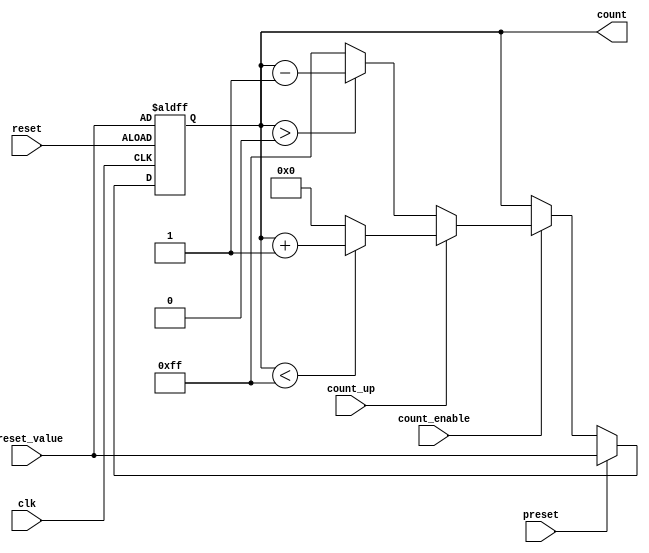
module presettable_counter #(
    parameter WIDTH = 8,           // Bit-width of the counter
    parameter MAX_COUNT = 255,     // Maximum count value for up-counting
    parameter MIN_COUNT = 0        // Minimum count value for down-counting
)(
    input wire clk,                // Clock signal
    input wire reset,              // Asynchronous reset signal
    input wire preset,             // Preset signal
    input wire [WIDTH-1:0] preset_value, // Value to preset the counter
    input wire count_enable,       // Count enable signal
    input wire count_up,           // Count up or down control
    output reg [WIDTH-1:0] count   // Current count value
);

    // Asynchronous reset and preset functionality
    always @(posedge clk or posedge reset) begin
        if (reset) begin
            count <= preset_value; // Reset to the preset value
        end else if (preset) begin
            count <= preset_value; // Load preset value
        end else if (count_enable) begin
            if (count_up) begin
                if (count < MAX_COUNT) begin
                    count <= count + 1; // Increment count
                end else begin
                    count <= 0; // Wrap around to zero
                end
            end else begin
                if (count > MIN_COUNT) begin
                    count <= count - 1; // Decrement count
                end else begin
                    count <= MAX_COUNT; // Wrap around to max count
                end
            end
        end
    end

endmodule